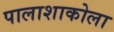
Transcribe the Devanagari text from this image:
पालाशाकोला